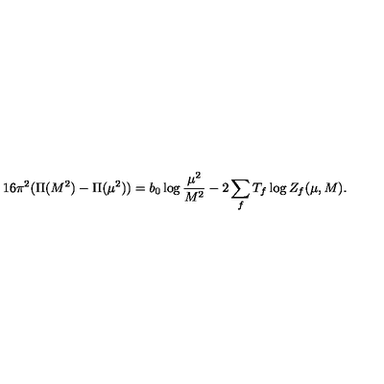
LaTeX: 1 6 \pi ^ { 2 } ( \Pi ( M ^ { 2 } ) - \Pi ( \mu ^ { 2 } ) ) = b _ { 0 } \log \frac { \mu ^ { 2 } } { M ^ { 2 } } - 2 \sum _ { f } T _ { f } \log Z _ { f } ( \mu , M ) .